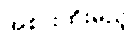
အစားထိုးမည့်